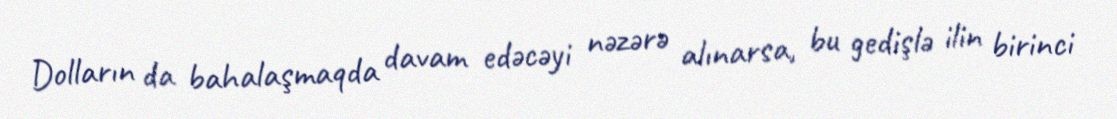
Dolların da bahalaşmaqda davam edəcəyi nəzərə alınarsa, bu gedişlə ilin birinci